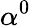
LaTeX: \alpha^{0}